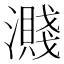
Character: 濺